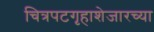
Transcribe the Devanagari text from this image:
चित्रपटगृहाशेजारच्या